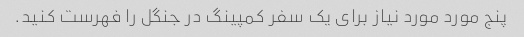
پنج مورد مورد نیاز برای یک سفر کمپینگ در جنگل را فهرست کنید.